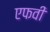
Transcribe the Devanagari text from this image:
एफवी